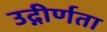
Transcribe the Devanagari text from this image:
उद्गीर्णता